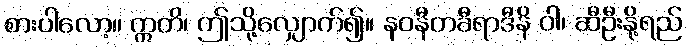
စားပါလော့။ ဣတိ၊ ဤသို့လျှောက်၍။ နဝနီတခီရာဒီနိ ဝါ၊ ဆီဦးနို့ရည်